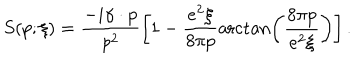
S ( p ; \xi ) = \frac { - i \gamma \cdot p } { p ^ { 2 } } \left[ 1 - \frac { e ^ { 2 } \xi } { 8 \pi p } \operatorname { a r c t a n } \left( \frac { 8 \pi p } { e ^ { 2 } \xi } \right) \right] .